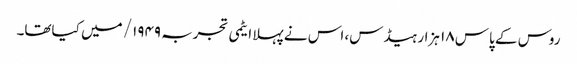
روس کے پاس ۱۸ ہزار ہیڈس، اس نے پہلا ایٹمی تجربہ ۱۹۴۹/ میں کیاتھا۔